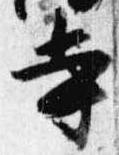
寺